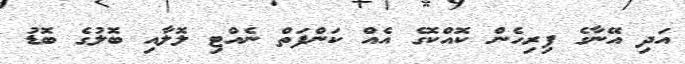
އަދި އޭނާގެ ފިރިހެން ކޮއްކޮގެ އެއް ކަންފަތް ނެއްޓި ލޮލާއި ބޮލުގެ ބޮޑު